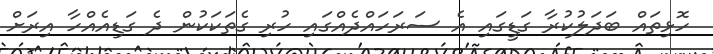
ހޮޅިތައް ބަދަލުކުރާ ގަޑީގައި އެ ސަރަހައްދެއްގައި ހުރި ގެތަކަކުން ދެ ގަޑިއެއްހާ އިރަށް